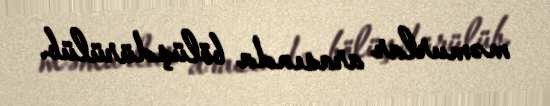
məmurlar arasında bölüşdürülüb.